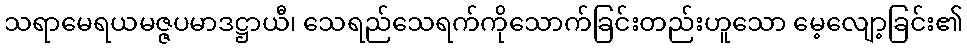
သရာမေရယမဇ္ဇပမာဒဋ္ဌာယီ၊ သေရည်သေရက်ကိုသောက်ခြင်းတည်းဟူသော မေ့လျော့ခြင်း၏